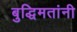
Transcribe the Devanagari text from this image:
बुद्धिमतांनी